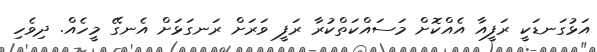
އަޅުގަނޑަކީ ރަފީއާ އެއްކޮށް މަސައްކަތްކުރާ ރަފީ ވަރަށް ރަނގަޅަށް އެނގޭ މީހެއް. ދިވެހި